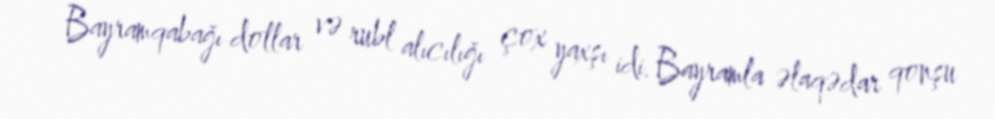
Bayramqabağı dollar və rubl alıcılığı çox yaxşı idi. Bayramla əlaqədar qonşu